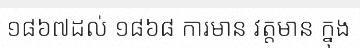
១៨៦៧ដល់ ១៨៦៨ ការមាន វត្តមាន ក្នុង